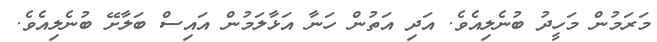
މަރަމުން މަހީދު ބުނެލިއެވެ. އަދި އަތުން ހަނާ އަޅާލަމުން އައިސް ބަލާށޭ ބުނެލިއެވެ.